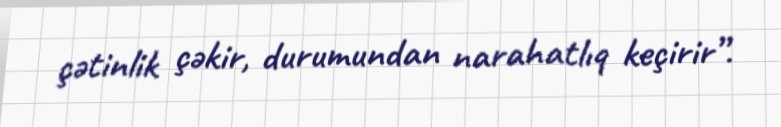
çətinlik çəkir, durumundan narahatlıq keçirir”.